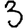
Digit: 3